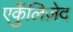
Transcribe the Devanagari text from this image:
एकुँलिज़ेद